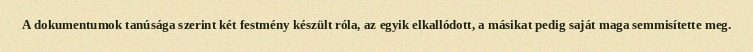
A dokumentumok tanúsága szerint két festmény készült róla, az egyik elkallódott, a másikat pedig saját maga semmisítette meg.